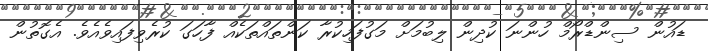
ޑައުން ސިންޑްރޯމް ހުންނަ ކުދިން ލިބުމަށް މަގުފަހިކުރާ ކަންތައްތަކެއް ފާހަގަ ކުރެވިފައިވެއެވެ. އެގޮތުން